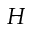
H